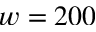
w = 2 0 0